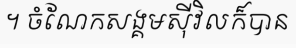
។ ចំណែកសង្គមស៊ីវិលក៏បាន